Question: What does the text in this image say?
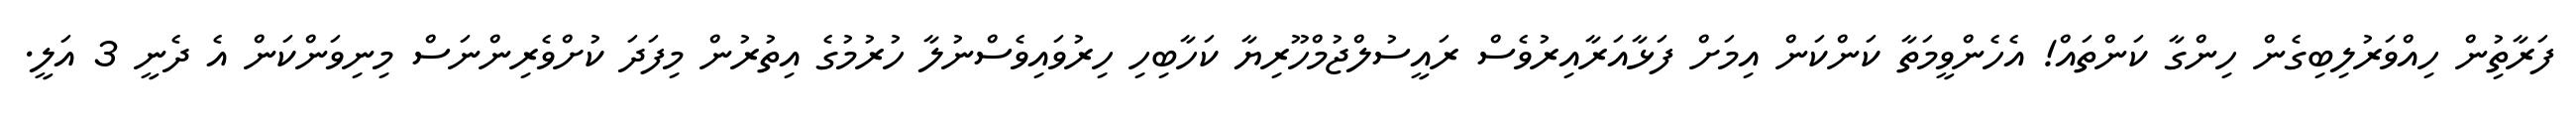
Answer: ފަރާތުިން ހިއްވަރުލިބިގެން ހިންގާ ކަންތައް! އެހެންވީމަތާ ކަންކަން އިމަށް ފަޅާއަރާއިރުވެސް ރައީސުލްޖުމްހޫރިޔާ ކަހާބިހި ހިރުވައިވެސްނުލާ ހުރުމުގެ އިތުރުން މިފަދަ ކުށްވެރިންނަސް މިނިވަންކަން އެ ދެނީ 3 އަލީ.